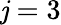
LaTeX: \mathit{j}=3